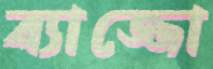
ব্যাজ্জো